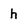
Character: h